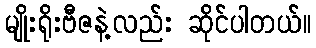
မျိုးရိုးဗီဇနဲ့လည်း ဆိုင်ပါတယ်။